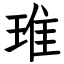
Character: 琟